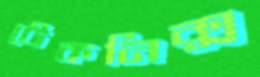
টেকনিক্স